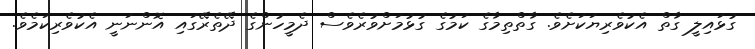
ގުޅައިލީ ގާތް އެކުވެރިޔަކަށެވެ. ގާތްތިމާގެ ކަމުގެ ގުޅުމަށްވުރެވެސް ދެމީހުންގެ ދޭތެރޭގައި އޮންނަނީ އެކުވެރިކަމެވެ.